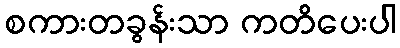
စကားတခွန်းသာ ကတိပေးပါ